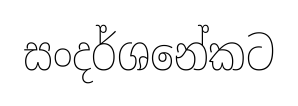
සංදර්ශනේකට